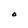
Character: O